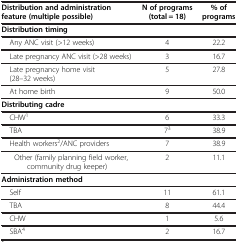
<table><thead><tr><td><b>Distribution and administration feature (multiple possible)</b></td><td><b>N of programs (total = 18)</b></td><td><b>% of programs</b></td></tr></thead><tbody><tr><td><b>Distribution timing</b></td><td> </td><td> </td></tr><tr><td> Any ANC visit (&gt;12 weeks)</td><td>4</td><td>22.2</td></tr><tr><td> Late pregnancy ANC visit (&gt;28 weeks)</td><td>3</td><td>16.7</td></tr><tr><td> Late pregnancy home visit(28–32 weeks)</td><td>5</td><td>27.8</td></tr><tr><td> At home birth</td><td>9</td><td>50.0</td></tr><tr><td><b>Distributing cadre</b></td><td> </td><td> </td></tr><tr><td> CHW<sup>1</sup></td><td>6</td><td>33.3</td></tr><tr><td> TBA</td><td>7<sup>3</sup></td><td>38.9</td></tr><tr><td> Health workers<sup>2</sup>/ANC providers</td><td>7</td><td>38.9</td></tr><tr><td>Other (family planning field worker, community drug keeper)</td><td>2</td><td>11.1</td></tr><tr><td><b>Administration method</b></td><td> </td><td> </td></tr><tr><td> Self</td><td>11</td><td>61.1</td></tr><tr><td> TBA</td><td>8</td><td>44.4</td></tr><tr><td> CHW</td><td>1</td><td>5.6</td></tr><tr><td> SBA<sup>4</sup></td><td>2</td><td>16.7</td></tr></tbody></table>